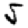
Digit: 5